Vaccination in the Punjab 1883-1896 - 1883-1896
Year: 1883
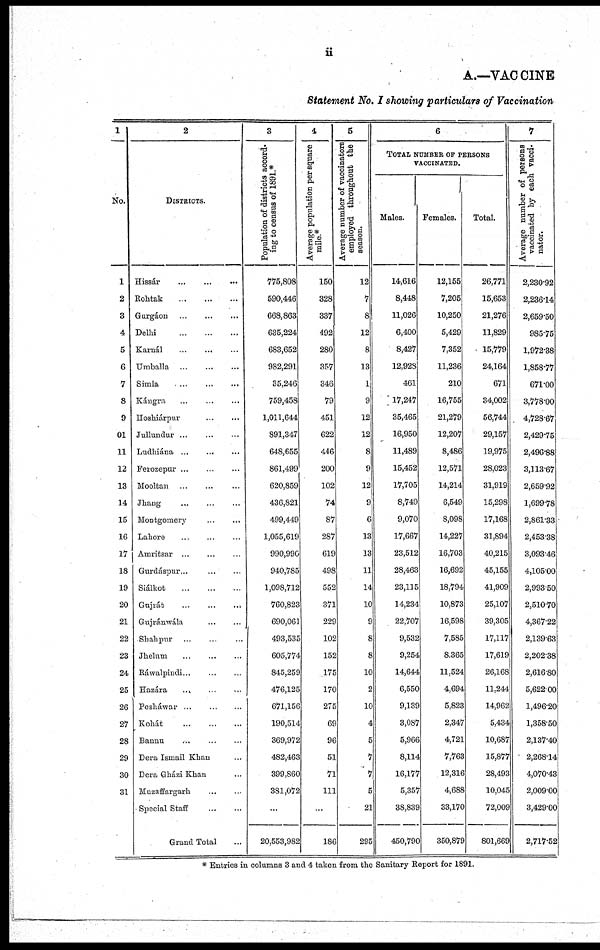
ii
A.—VACCINE
Statement No. I showing particulars of Vaccination
1
NO.
1
2
3
4
5
6
7
8
9
01
11
12
13
14
15
16
17
18
19
20
21
22
23
24
25
26
27
28
29
30
31
2
DISTRICTS.
Hissár... ... ...
Rohtak...
...
...
Gurgáon... ... ...
Delhi...
...
...
Karnál...
...
...
Umballa...
...
...
Simla...
...
...
Kángra... ... ...
Hoshiárpur...
...
Jullundur... ... ...
Ludhiána... ... ...
Ferozepur...
...
...
Mooltan... ... ...
Jhang... ... ...
Montgomery...
...
Lahore... ... ...
Amritsar...
...
...
Gurdáspur...
...
...
Siálkot...
...
...
Gujrát...
...
...
Gujránwála...
...
...
Shahpur... ... ...
Jhelum... ... ...
Ráwalpindi... ... ...
Hazára... ... ...
Pesháwar...
...
...
Kohát... ... ...
Bannu...
...
...
Dera Ismail Khan...
Dera Gházi Khan...
Muzaffargarh... ...
Special Staff
...
...
Grand Total ...
3
Population of districts accord¬
ing to census of 1891.*
775,808
590,446
668,863
635,224
683,652
982,291
35,246
759,458
1,011,644
891,347
648,655
861,499
620,859
436,821
499,449
1,055,619
990,990
940,785
1,098,712
760,823
690,061
493,535
605,774
845,259
476,125
671,156
190,514
369,972
482,463
399,860
381,072
...
20,553,982
4
Average population per square
mile.*
150
328
337
492
280
357
346
79
451
622
446
200
102
74
87
287
619
498
552
371
229
102
152
175
170
275
69
96
51
71
111
...
186
5
Average number of vaccinators
employed throughout the
season.
12
7
8
12
8
13
1
9
12
12
8
9
12
9
6
13
13
11
14
10
9
8
8
10
2
10
4
5
7
7
5
21
295
6
TOTAL NUMBER OF PERSONS
VACCINATED.
Males.
14,616
8,448
11,026
6,400
8,427
12,928
461
17,247
35,465
16,950
11,489
15,452
17,705
8,749
9,070
17,667
23,512
28,463
23,115
14,234
22,707
9,532
9,254
14,644
6,550
9,139
3,087
5,966
8,114
16,177
5,357
38,839
450,790
Females.
12,155
7,205
10,250
5,429
7,352
11,236
210
16,755
21,279
12,207
8,486
12,571
14,214
6,549
8,098
14,227
16,703
16,692
18,794
10,873
16,598
7,585
8,365
11,524
4,694
5,823
2,347
4,721
7,763
12,316
4,688
33,170
350,879
Total.
26,771
15,653
21,276
11,829
15,779
24,164
671
34,002
56,744
29,157
19,975
28,023
31,919
15,298
17,168
31,894
40,215
45,155
41,909
25,107
39,305
17,117
17,619
26,168
11,244
14,962
5,434
10,687
15,877
28,493
10,045
72,009
801,669
7
Average number of persons
vaccinated by each vacci-
nator.
2,230.92
2,236.14
2,659.50
985.75
1,972.38
1,858.77
671.00
3,778.00
4,728.67
2,429.75
2,496.88
3,113.67
2,659.92
1,699.78
2,861.33
2,453.38
3,093.46
4,105.00
2,993.50
2,510.70
4,367.22
2,139.63
2,202.38
2,616.80
5,622.00
1,496.20
1,358.50
2,137.40
2,268.14
4,070.43
2,009.00
3,429.00
2,717.52
* Entries in columns 3 and 4 taken from the Sanitary Report for 1891.